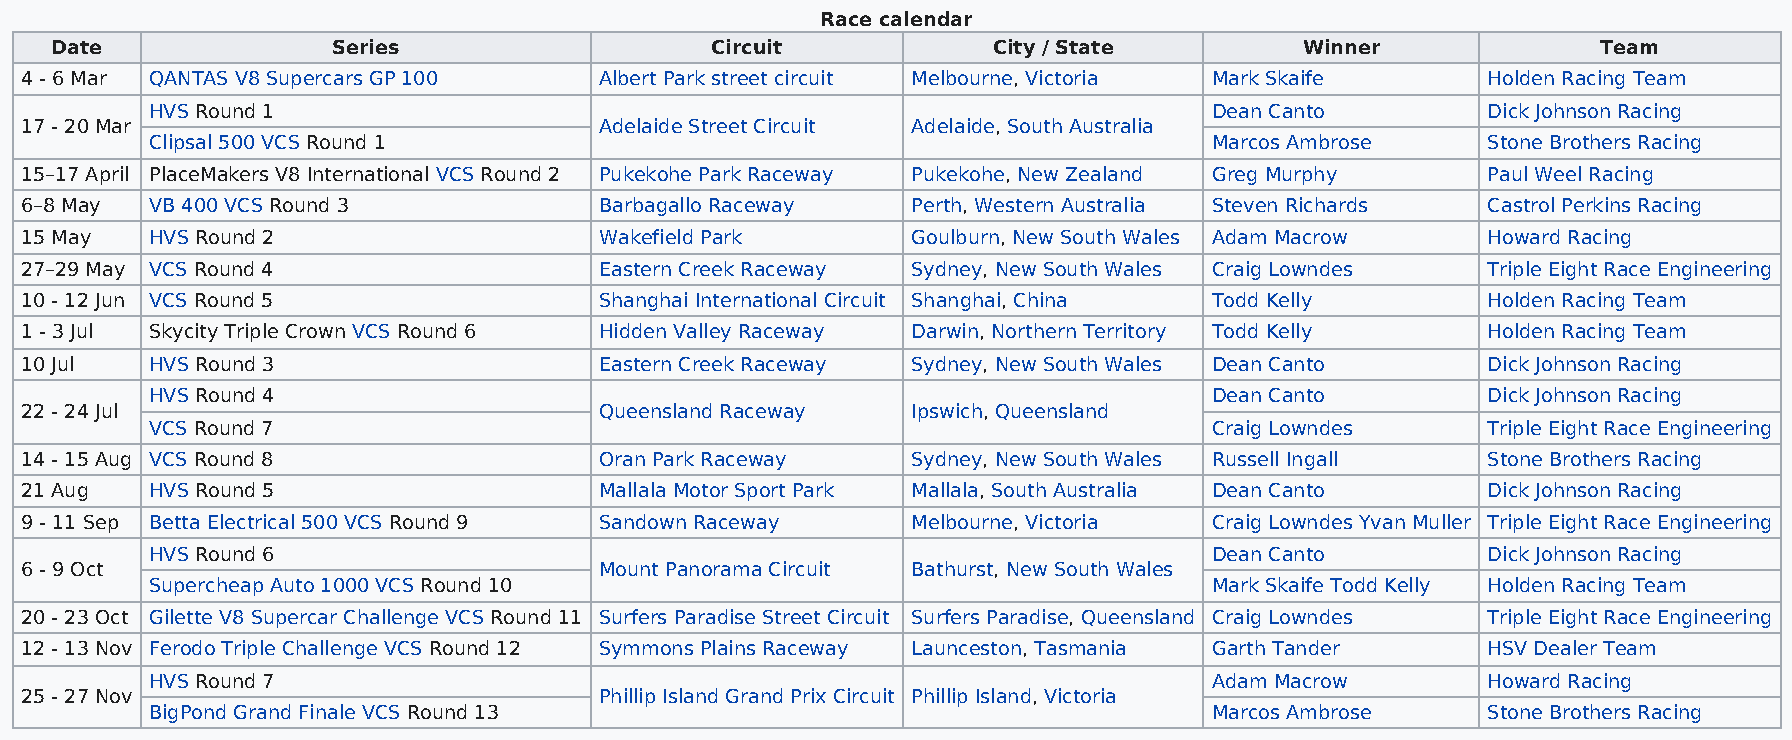
Race calendar
 Date               Series                   Circuit            City / State        Winner              Team
 4 - 6 Mar QANTAS V8 Supercars GP 100   Albert Park street circuit Melbourne, Victoria Mark Skaife Holden Racing Team
 HVS Round 1                                                           Dean Canto        Dick Johnson Racing
 17 - 20 Mar                            Adelaide Street Circuit Adelaide, South Australia
 Clipsal 500 VCS Round 1                                               Marcos Ambrose    Stone Brothers Racing
 15–17 April PlaceMakers V8 International VCS Round 2 Pukekohe Park Raceway Pukekohe, New Zealand Greg Murphy Paul Weel Racing
 6–8 May  VB 400 VCS Round 3            Barbagallo Raceway  Perth, Western Australia Steven Richards Castrol Perkins Racing
 15 May   HVS Round 2                   Wakefield Park      Goulburn, New South Wales Adam Macrow Howard Racing
 27–29 May VCS Round 4                  Eastern Creek Raceway Sydney, New South Wales Craig Lowndes Triple Eight Race Engineering
 10 - 12 Jun VCS Round 5                Shanghai International Circuit Shanghai, China Todd Kelly Holden Racing Team
 1 - 3 Jul Skycity Triple Crown VCS Round 6 Hidden Valley Raceway Darwin, Northern Territory Todd Kelly Holden Racing Team
 10 Jul   HVS Round 3                   Eastern Creek Raceway Sydney, New South Wales Dean Canto  Dick Johnson Racing
 HVS Round 4                                                           Dean Canto        Dick Johnson Racing
 22 - 24 Jul                            Queensland Raceway  Ipswich, Queensland
 VCS Round 7                                                           Craig Lowndes     Triple Eight Race Engineering
 14 - 15 Aug VCS Round 8                Oran Park Raceway   Sydney, New South Wales Russell Ingall Stone Brothers Racing
 21 Aug   HVS Round 5                   Mallala Motor Sport Park Mallala, South Australia Dean Canto Dick Johnson Racing
 9 - 11 Sep Betta Electrical 500 VCS Round 9 Sandown Raceway Melbourne, Victoria Craig Lowndes Yvan Muller Triple Eight Race Engineering
 HVS Round 6                                                           Dean Canto        Dick Johnson Racing
 6 - 9 Oct                              Mount Panorama Circuit Bathurst, New South Wales
 Supercheap Auto 1000 VCS Round 10                                     Mark Skaife Todd Kelly Holden Racing Team
 20 - 23 Oct Gilette V8 Supercar Challenge VCS Round 11 Surfers Paradise Street Circuit Surfers Paradise, Queensland Craig Lowndes Triple Eight Race Engineering
 12 - 13 Nov Ferodo Triple Challenge VCS Round 12 Symmons Plains Raceway Launceston, Tasmania Garth Tander HSV Dealer Team
 HVS Round 7                                                           Adam Macrow       Howard Racing
 25 - 27 Nov                            Phillip Island Grand Prix Circuit Phillip Island, Victoria
 BigPond Grand Finale VCS Round 13                                     Marcos Ambrose    Stone Brothers Racing